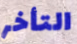
التأخر